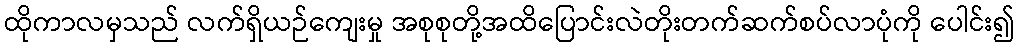
ထိုကာလမှသည် လက်ရှိယဉ်ကျေးမှု အစုစုတို့အထိပြောင်းလဲတိုးတက်ဆက်စပ်လာပုံကို ပေါင်း၍